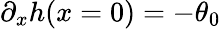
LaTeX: \partial_{x}h(x=0)=-\theta_{0}